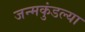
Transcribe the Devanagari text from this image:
जन्मकुंडल्या